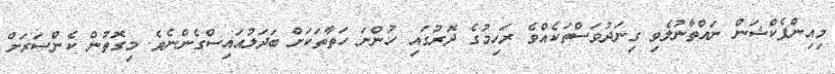
މިއިންފެކްޝަން ނައްތާނުލެވި ގިނަދުވަސްތަކެއްވެ ރަހިމުގެ ދޮރުގައި ހުންނަ ހަތާތަކަށް ބަދަލުއައިސްގެންނެވެ. މިގޮތުން ކެންސަރަށް